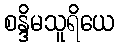
စန္ဒိမသူရိယေ